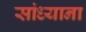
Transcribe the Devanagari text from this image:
सांध्याना